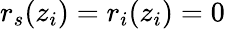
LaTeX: r_{s}(z_{i})=r_{i}(z_{i})=0